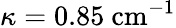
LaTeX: \kappa=0.85~\mathrm{cm^{-1}}